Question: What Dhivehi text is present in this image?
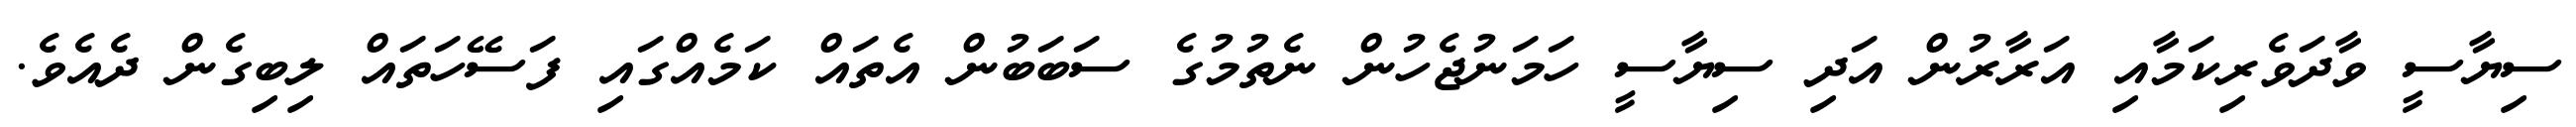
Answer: ސިޔާސީ ވާދަވެރިކަމާއި އަރާރުން އަދި ސިޔާސީ ހަމަނުޖެހުން ނެތުމުގެ ސަބަބުން އެތައް ކަމެއްގައި ފަސޭހަތައް ލިބިގެން ދެއެވެ.